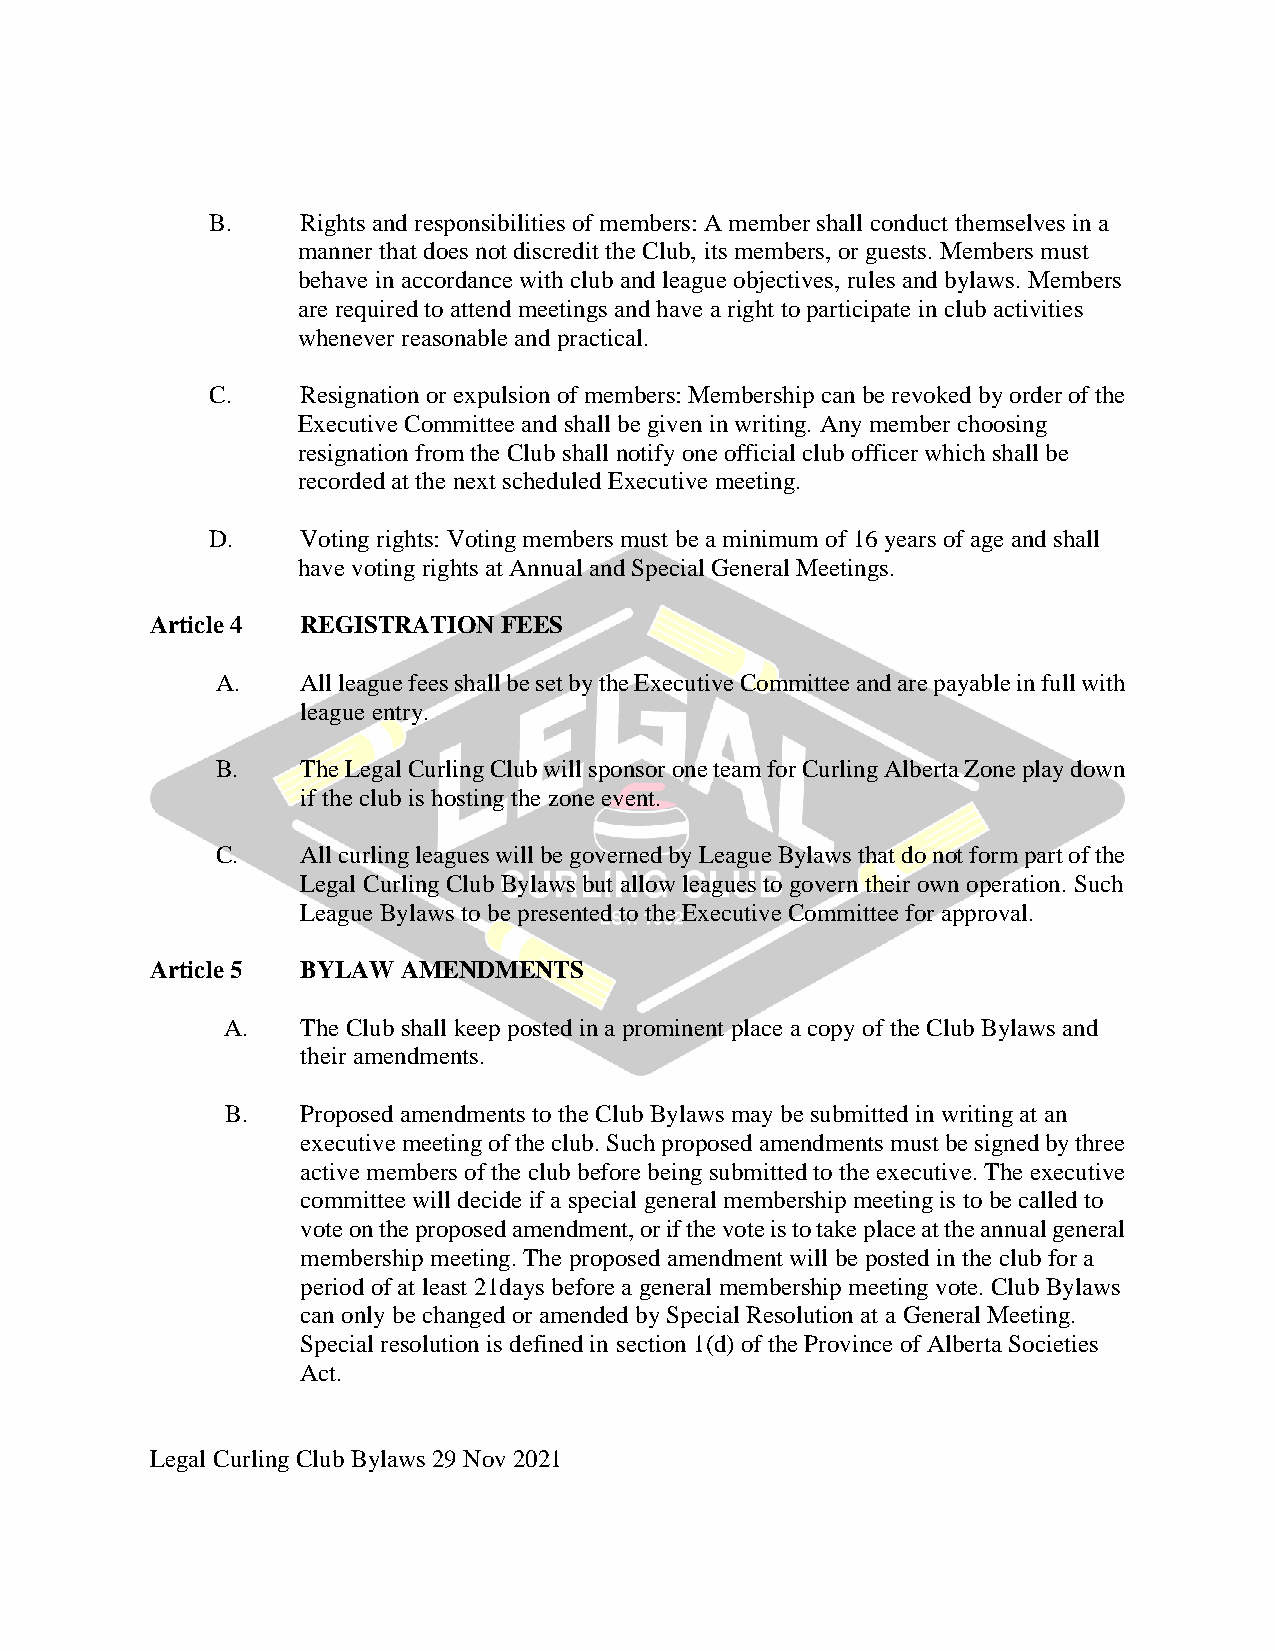
B.    Rights and responsibilities of members: A member shall conduct themselves in a
 manner that does not discredit the Club, its members, or guests. Members must
 behave in accordance with club and league objectives, rules and bylaws. Members
 are required to attend meetings and have a right to participate in club activities
 whenever reasonable and practical.
 C.    Resignation or expulsion of members: Membership can be revoked by order of the
 Executive Committee and shall be given in writing. Any member choosing
 resignation from the Club shall notify one official club officer which shall be
 recorded at the next scheduled Executive meeting.
 D.    Voting rights: Voting members must be a minimum of 16 years of age and shall
 have voting rights at Annual and Special General Meetings.
 Article 4 REGISTRATION FEES
 A.    All league fees shall be set by the Executive Committee and are payable in full with
 league entry.
 B.    The Legal Curling Club will sponsor one team for Curling Alberta Zone play down
 if the club is hosting the zone event.
 C.    All curling leagues will be governed by League Bylaws that do not form part of the
 Legal Curling Club Bylaws but allow leagues to govern their own operation. Such
 League Bylaws to be presented to the Executive Committee for approval.
 Article 5 BYLAW  AMENDMENTS
 A.   The Club shall keep posted in a prominent place a copy of the Club Bylaws and
 their amendments.
 B.   Proposed amendments to the Club Bylaws may be submitted in writing at an
 executive meeting of the club. Such proposed amendments must be signed by three
 active members of the club before being submitted to the executive. The executive
 committee will decide if a special general membership meeting is to be called to
 vote on the proposed amendment, or if the vote is to take place at the annual general
 membership meeting. The proposed amendment will be posted in the club for a
 period of at least 21days before a general membership meeting vote. Club Bylaws
 can only be changed or amended by Special Resolution at a General Meeting.
 Special resolution is defined in section 1(d) of the Province of Alberta Societies
 Act.
 Legal Curling Club Bylaws 29 Nov 2021